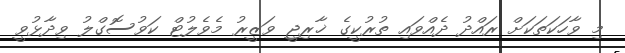
މި ވާހަކަތަކަށް ރައްދު ދެއްވައި ތުރުކީގެ ޚާރިޖީ ވަޒީރު މެވެލުޓް ކަވުސޮގްލު ވިދާޅުވީ